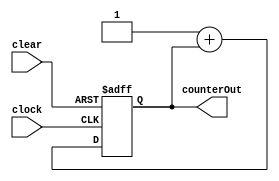
module COUNTER (counterOut, clock, clear);
    input clock, clear;
    output reg [3: 0] counterOut;

    always @ (posedge clock or posedge clear)
    begin
        if (clear) counterOut <= 4'b0000;
        else counterOut <= 1 + counterOut;
    end
endmodule


module TESTBENCH;
    reg clock, clear;
    wire [3: 0] counterOut;

    COUNTER COUNT(counterOut, clock, clear);

    initial begin
        clock = 1'b0;
        clear = 1'b1;

        #15 clear = 1'b0;

        #1000 $finish;
    end

    always #5 clock = ~clock;

    always @ (posedge clock)
        $display("COUNTER OUTPUT = %b CLEAR = %b\n", counterOut, clear);
    

endmodule